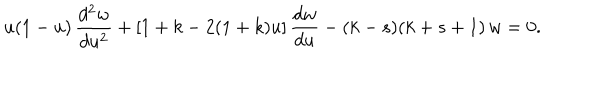
LaTeX: u ( 1 - u ) \, \frac { d ^ { 2 } w } { d u ^ { 2 } } + [ 1 + k - 2 ( 1 + k ) u ] \, \frac { d w } { d u } - ( k - s ) ( k + s + 1 ) \, w = 0 .